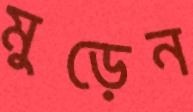
মুড়েন